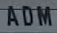
ADM